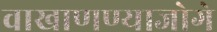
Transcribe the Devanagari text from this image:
वाखाणण्याजोगे